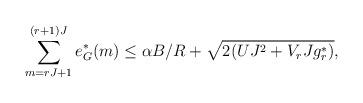
LaTeX: \begin{align*}\sum_{m=rJ+1}^{(r+1)J} e_G^*(m) \leq \alpha B/R+\sqrt{2(UJ^2 + V_r J g^*_r )},\end{align*}